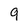
Character: 9